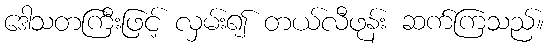
ဒေါသတကြီးဖြင့် လှမ်း၍ တယ်လီဖုန်း ဆက်ကြသည်။